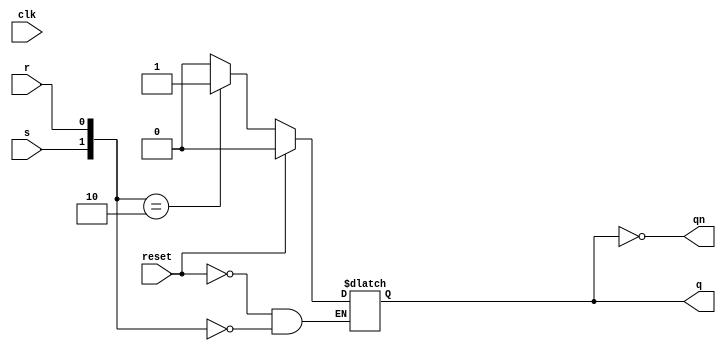
module SR_latch(input s,r,clk,reset,output reg q,output qn);
  always@(s,r)
    begin
      if(reset)
        q<=0;
      else
        case({s,r})
          2'b00:q<=q;
          2'b01:q<=1'b0;
          2'b10:q<=1'b1;
          2'b11:q<=1'bx;
        endcase
    end
  assign qn=~q;
endmodule